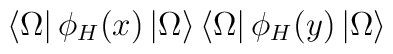
\left< \Omega \right| \phi _{H}(x)\left| \Omega \right> \left< \Omega \right| \phi _{H}(y)\left| \Omega \right>